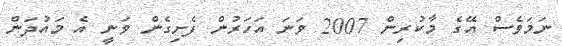
ނަމަވެސް އޭގެ މާކުރިން 2007 ވަނަ އަހަރުން ފެށިގެން ވަނީ އެ މައުދަން